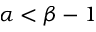
\alpha < \beta - 1